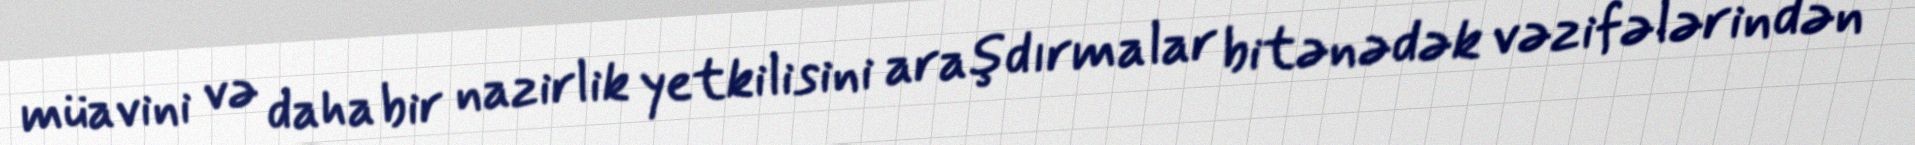
müavini və daha bir nazirlik yetkilisini araşdırmalar bitənədək vəzifələrindən